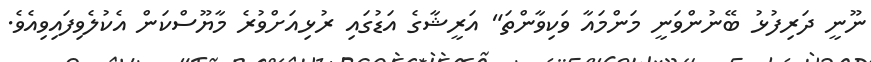
ނޫނީ ދަރިފުޅު ބޭނުންވަނީ މަންމައާ ވަކިވާންތަ" އަރީޝާގެ އަޑުގައި ރުޅިއަށްވުރެ މާޔޫސްކަން އެކުލެވިފައިވިއެވެ.